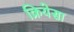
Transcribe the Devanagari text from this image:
क्रियेसा